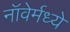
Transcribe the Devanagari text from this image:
नॉवेर्मध्ये